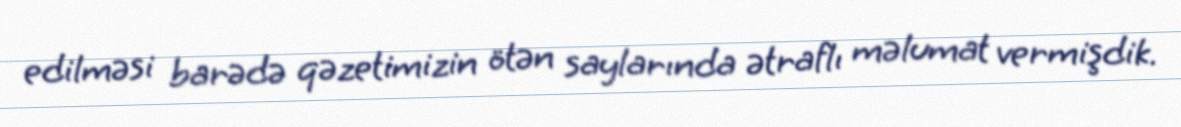
edilməsi barədə qəzetimizin ötən saylarında ətraflı məlumat vermişdik.